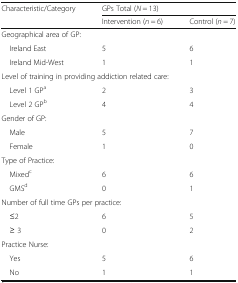
<table><thead><tr><td><b>Characteristic/Category</b></td><td colspan="2"><b>GPs Total (<i>N</i> = 13)</b></td></tr><tr><td></td><td><b>Intervention (<i>n</i> = 6)</b></td><td><b>Control (<i>n</i> = 7)</b></td></tr></thead><tbody><tr><td colspan="2">Geographical area of GP:</td><td></td></tr><tr><td> Ireland East</td><td>5</td><td>6</td></tr><tr><td> Ireland Mid-West</td><td>1</td><td>1</td></tr><tr><td colspan="2">Level of training in providing addiction related care:</td><td></td></tr><tr><td> Level 1 GP<sup>a</sup></td><td>2</td><td>3</td></tr><tr><td> Level 2 GP<sup>b</sup></td><td>4</td><td>4</td></tr><tr><td colspan="2">Gender of GP:</td><td></td></tr><tr><td> Male</td><td>5</td><td>7</td></tr><tr><td> Female</td><td>1</td><td>0</td></tr><tr><td colspan="2">Type of Practice:</td><td></td></tr><tr><td> Mixed<sup>c</sup></td><td>6</td><td>6</td></tr><tr><td> GMS<sup>d</sup></td><td>0</td><td>1</td></tr><tr><td colspan="2">Number of full time GPs per practice:</td><td></td></tr><tr><td> ≤2</td><td>6</td><td>5</td></tr><tr><td> ≥ 3</td><td>0</td><td>2</td></tr><tr><td colspan="2">Practice Nurse:</td><td></td></tr><tr><td> Yes</td><td>5</td><td>6</td></tr><tr><td> No</td><td>1</td><td>1</td></tr></tbody></table>